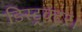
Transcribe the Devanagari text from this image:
डिस्ट्रक्टर।